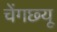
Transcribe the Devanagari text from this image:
चेंगछ्यू